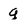
Character: g